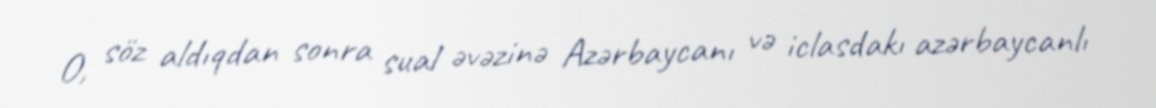
O, söz aldıqdan sonra sual əvəzinə Azərbaycanı və iclasdakı azərbaycanlı